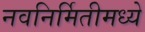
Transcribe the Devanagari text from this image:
नवनिर्मितीमध्‍ये